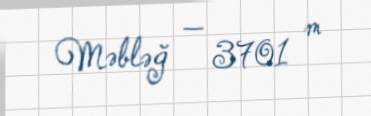
Məbləğ — 3701 m